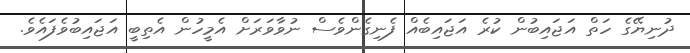
ދުނިޔޭގެ ހަތް އަޖައިބުން ކުރެ އަޖައިބެއް ފެނިގެންވެސް ނުވާވަރަށް އެމީހުން އެތިބީ އަޖައިބުވެފައެވެ.